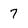
Character: 7